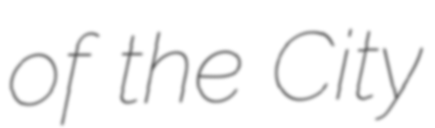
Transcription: of the City